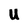
Character: U